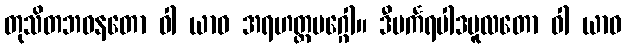
တုသိတဘဝနတော ဝါ ယာဝ အရဟတ္တမဂ္ဂေါ။ ဒီပင်္ကရပါဒမူလတော ဝါ ယာဝ